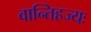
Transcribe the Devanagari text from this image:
वान्तिहज्यः